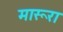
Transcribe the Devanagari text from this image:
मारूरा